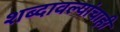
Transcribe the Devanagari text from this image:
शब्दावल्यांचाही